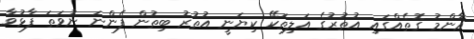
ޢާންމު ގޮތެއްގައި އުތުރުގެ އަލިތަކޭ ކިޔަނީ އުތުރު ބިތުން ފެންނަ ނުވަތަ ފާޅުވާ